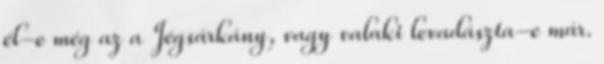
él-e még az a Jégsárkány, vagy valaki levadászta-e már.